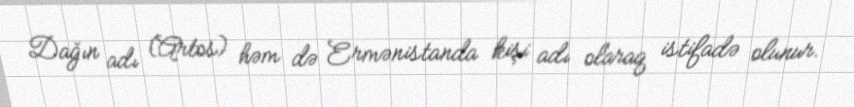
Dağın adı (Artos) həm də Ermənistanda kişi adı olaraq istifadə olunur.